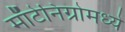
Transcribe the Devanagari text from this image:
माँटेनिग्रोमध्ये